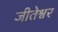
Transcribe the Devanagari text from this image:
जीतेश्वर